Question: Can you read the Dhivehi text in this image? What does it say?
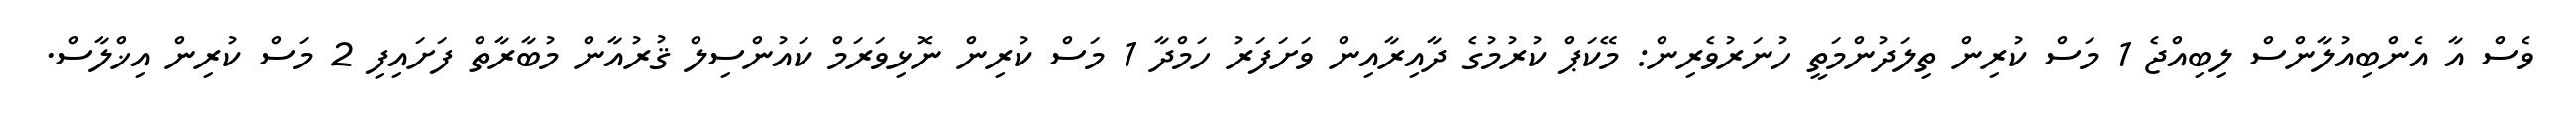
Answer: ވެސް އާ އެންބިއުލާންސް ލިބިއްޖެ 1 މަސް ކުރިން ތިލަދުންމަތީ ހުނަރުވެރިން: މޭކަޕް ކުރުމުގެ ދާއިރާއިން ވަށަފަރު ހަމްދާ 1 މަސް ކުރިން ނޮޅިވަރަމް ކައުންސިލް ޤުރުއާން މުބާރާތް ފަށައިފި 2 މަސް ކުރިން އިޚްލާސް.